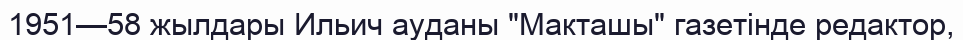
1951—58 жылдары Ильич ауданы "Макташы" газетінде редактор,